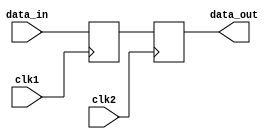
module MasterSlaveFFSynchronizer (
    input wire clk1,          // Clock for master flip-flop
    input wire clk2,          // Clock for slave flip-flop
    input wire data_in,       // Input data to be synchronized
    output reg data_out       // Synchronized output data
);

    reg master_ff;            // Master flip-flop output

    // Master flip-flop: captures data on rising edge of clk1
    always @(posedge clk1) begin
        master_ff <= data_in; // Capture data on the rising edge of clk1
    end

    // Slave flip-flop: captures master's output on rising edge of clk2
    always @(posedge clk2) begin
        data_out <= master_ff; // Capture master's output on the rising edge of clk2
    end

endmodule